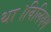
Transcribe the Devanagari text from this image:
था।विलियम